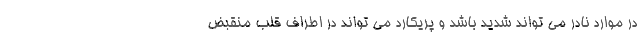
در موارد نادر می تواند شدید باشد و پریکارد می تواند در اطراف قلب منقبض